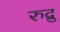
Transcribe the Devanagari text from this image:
रुद्रु